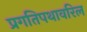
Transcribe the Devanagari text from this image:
प्रगतिपथावरिल